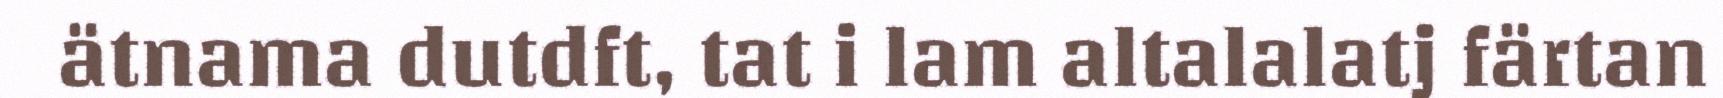
ätnama dutdft, tat i lam altalalatj färtan